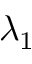
\lambda _ { 1 }